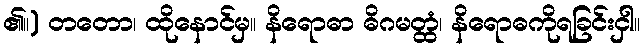
၏။) တတော၊ ထိုနောင်မှ။ နိရောဓာ ဓိဂမတ္ထံ၊ နိရောဓကိုရခြင်းငှါ။